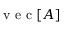
\mathrm { ~ v ~ e ~ c ~ } [ A ]